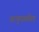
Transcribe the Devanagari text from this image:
अनुपस्थीत